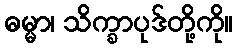
ဓမ္မာ၊ သိက္ခာပုဒ်တို့ကို။